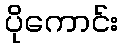
ပိုကောင်း